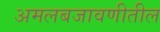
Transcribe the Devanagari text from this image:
अमलबजावणीतील